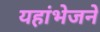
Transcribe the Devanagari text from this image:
यहांभेजने